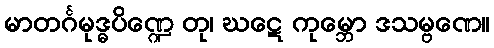
မာတင်္ဂမုဒ္ဓပိဏ္ဍေ တု၊ ဃဋေ ကုမ္ဘော ဒသမ္ဗဏေ။